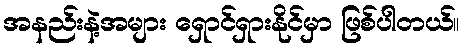
အနည်းနဲ့အများ ရှောင်ရှားနိုင်မှာ ဖြစ်ပါတယ်။